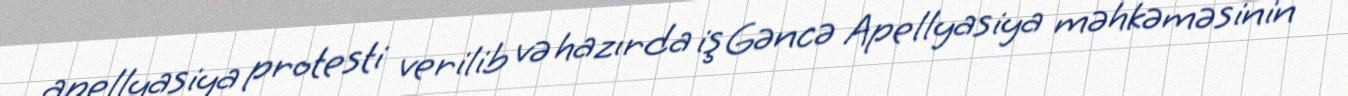
apellyasiya protesti verilib və hazırda iş Gəncə Apellyasiya məhkəməsinin